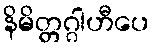
နိမိတ္တဂ္ဂါဟီပေ